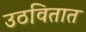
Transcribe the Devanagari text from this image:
उठवितात